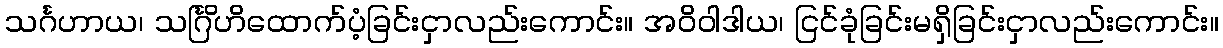
သင်္ဂဟာယ၊ သင်္ဂြိဟိထောက်ပံ့ခြင်းငှာလည်းကောင်း။ အဝိဝါဒါယ၊ ငြင်ခုံခြင်းမရှိခြင်းငှာလည်းကောင်း။